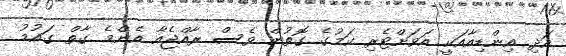
އަދި އިންޑިއާއަކީ އަވަށްޓެރި ކަމުގެ ގޮތުން ވެސް ރާއްޖެއާ އެންމެ ގާތް ގައުމު